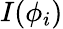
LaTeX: I(\phi_{i})